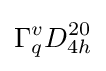
\Gamma _{q}^{v}D_{4h}^{20}